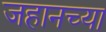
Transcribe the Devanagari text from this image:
जहानच्या